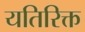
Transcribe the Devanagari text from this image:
यतिरिक्त